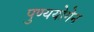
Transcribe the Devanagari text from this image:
पुण्ययोगेन